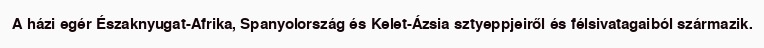
A házi egér Északnyugat-Afrika, Spanyolország és Kelet-Ázsia sztyeppjeiről és félsivatagaiból származik.